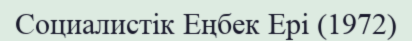
Социалистік Еңбек Ері (1972)